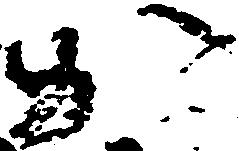
か